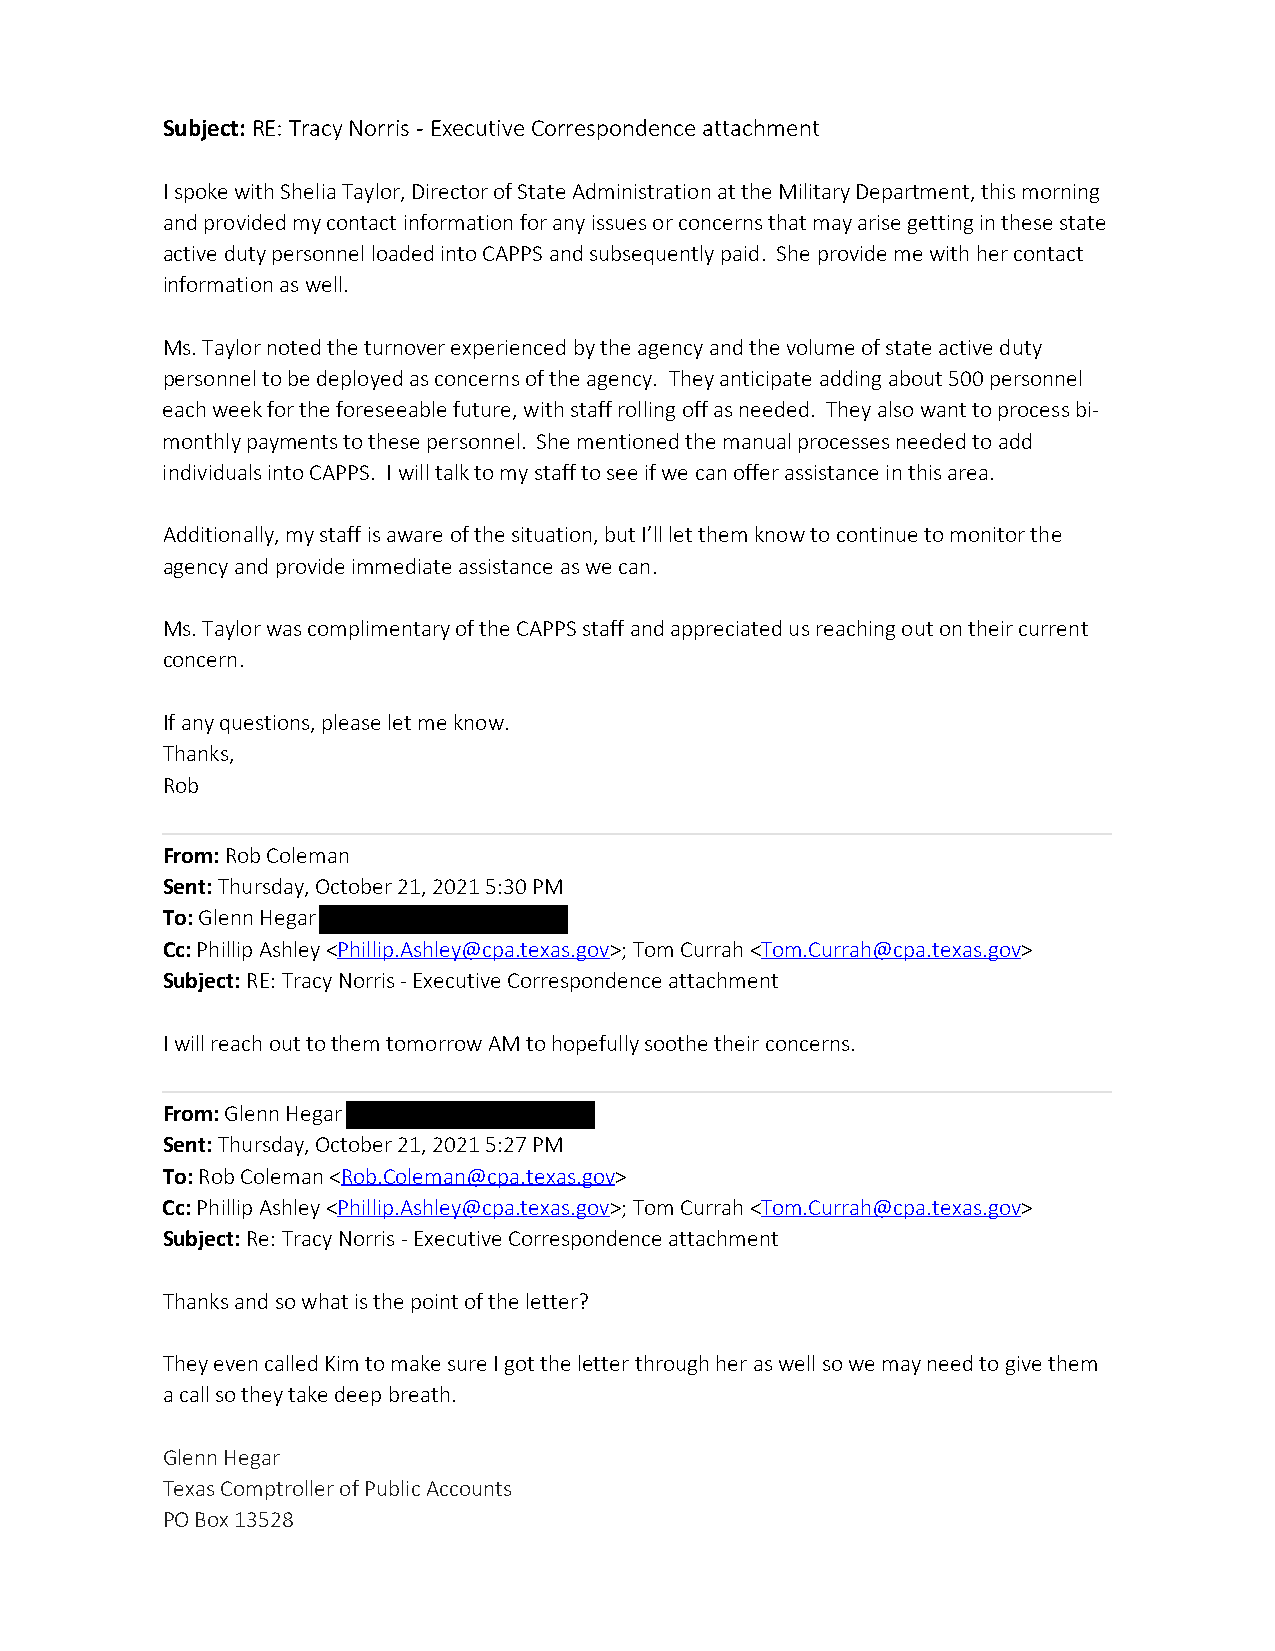
Subject: RE: Tracy Norris - Executive Correspondence attachment
 I spoke with Shelia Taylor, Director of State Administration at the Military Department, this morning
 and provided my contact information for any issues or concerns that may arise getting in these state
 active duty personnel loaded into CAPPS and subsequently paid. She provide me with her contact
 information as well.
 Ms. Taylor noted the turnover experienced by the agency and the volume of state active duty
 personnel to be deployed as concerns of the agency. They anticipate adding about 500 personnel
 each week for the foreseeable future, with staff rolling off as needed. They also want to process bi-
 monthly payments to these personnel. She mentioned the manual processes needed to add
 individuals into CAPPS. I will talk to my staff to see if we can offer assistance in this area.
 Additionally, my staff is aware of the situation, but I’ll let them know to continue to monitor the
 agency and provide immediate assistance as we can.
 Ms. Taylor was complimentary of the CAPPS staff and appreciated us reaching out on their current
 concern.
 If any questions, please let me know.
 Thanks,
 Rob
 From: Rob Coleman
 Sent: Thursday, October 21, 2021 5:30 PM
 To: Glenn Hegar
 Cc: Phillip Ashley <Phillip.Ashley@cpa.texas.gov>; Tom Currah <Tom.Currah@cpa.texas.gov>
 Subject: RE: Tracy Norris - Executive Correspondence attachment
 I will reach out to them tomorrow AM to hopefully soothe their concerns.
 From: Glenn Hegar
 Sent: Thursday, October 21, 2021 5:27 PM
 To: Rob Coleman <Rob.Coleman@cpa.texas.gov>
 Cc: Phillip Ashley <Phillip.Ashley@cpa.texas.gov>; Tom Currah <Tom.Currah@cpa.texas.gov>
 Subject: Re: Tracy Norris - Executive Correspondence attachment
 Thanks and so what is the point of the letter?
 They even called Kim to make sure I got the letter through her as well so we may need to give them
 a call so they take deep breath.
 Glenn Hegar
 Texas Comptroller of Public Accounts
 PO Box 13528